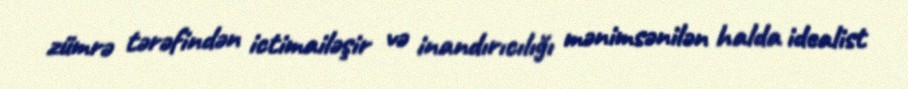
zümrə tərəfindən ictimailəşir və inandırıcılığı mənimsənilən halda idealist